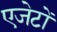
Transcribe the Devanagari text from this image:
एजेटों